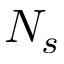
N _ { s }